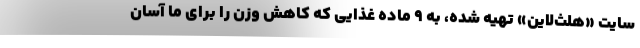
سایت «هلث‌لاین» تهیه شده، به ۹ ماده غذایی که کاهش وزن را برای ما آسان